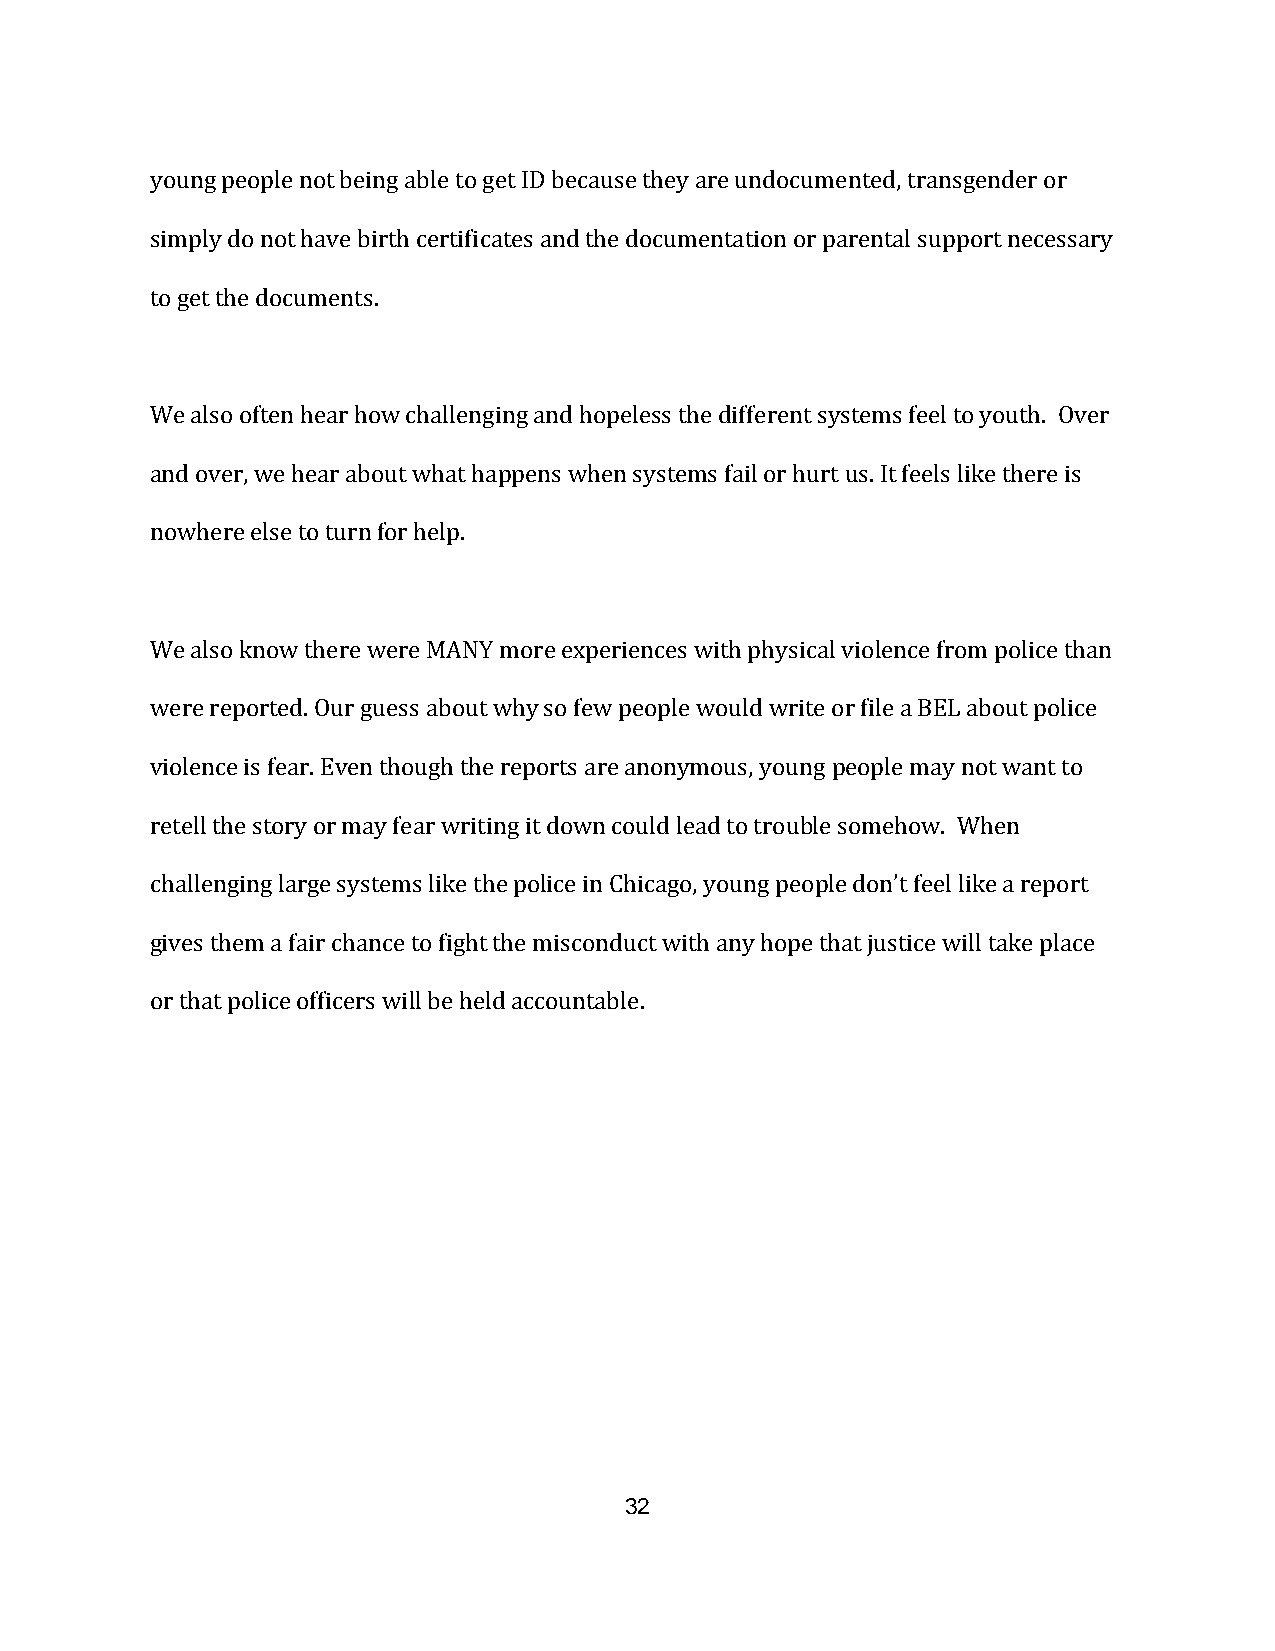
young people not being able to get ID because they are undocumented, transgender or
 simply do not have birth certificates and the documentation or parental support necessary
 to get the documents.
 We also often hear how challenging and hopeless the different systems feel to youth. Over
 and over, we hear about what happens when systems fail or hurt us. It feels like there is
 nowhere else to turn for help.
 We also know there were MANY more experiences with physical violence from police than
 were reported. Our guess about why so few people would write or file a BEL about police
 violence is fear. Even though the reports are anonymous, young people may not want to
 retell the story or may fear writing it down could lead to trouble somehow. When
 challenging large systems like the police in Chicago, young people don’t feel like a report
 gives them a fair chance to fight the misconduct with any hope that justice will take place
 or that police officers will be held accountable.
 32